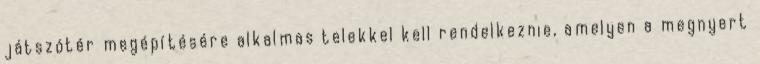
játszótér megépítésére alkalmas telekkel kell rendelkeznie, amelyen a megnyert